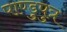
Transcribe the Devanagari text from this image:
पाण्डुपुत्र